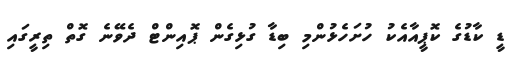
ޑީ ކާޑުގެ ކޮޕީއާއެކު ހުށަހެޅުންމި ބިޑާ ގުޅިގެން ޕޮއިންޓް ދެވޭނެ ގޮތް ތިރީގައި